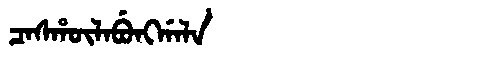
Manchu: ᠴᠠᠰᡥᡡᠯᠠᠪᡠᠩᡤᠠᠯᠠ
Romanization: CASHŪLABUNGGALA